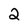
Character: 2